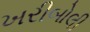
ખરીબોલી